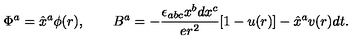
\Phi ^ { a } = \hat { x } ^ { a } \phi ( r ) , \qquad B ^ { a } = - \frac { \epsilon _ { a b c } x ^ { b } d x ^ { c } } { e r ^ { 2 } } [ 1 - u ( r ) ] - \hat { x } ^ { a } v ( r ) d t .